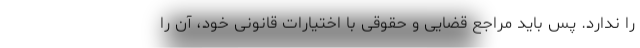
را ندارد. پس باید مراجع قضایی و حقوقی با اختیارات قانونی خود، آن را